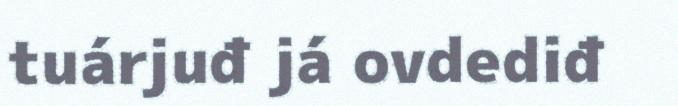
tuárjuđ já ovdediđ